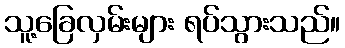
သူ့ခြေလှမ်းများ ရပ်သွားသည်။